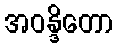
အဝန္ဒိတော